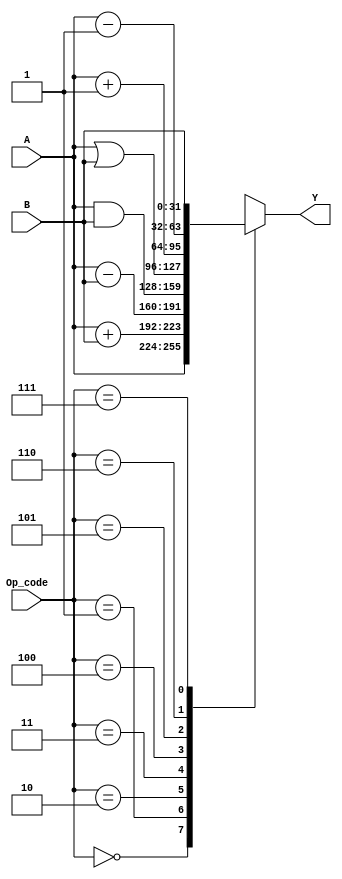
module ALU ( 
  input [2:0] Op_code,
  input [31:0] A, B,
  output reg [31:0] Y
);
always @(Op_code or A or B)

begin

case(Op_code)

0 : Y <= A;

1 : Y <= A+B;

2 : Y <= A-B;

3 : Y <= A&B;

4 : Y <= A|B;

5 : Y <= A+1;

6 : Y <= A-1;

7 : Y <=B;

endcase

end

endmodule